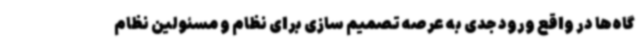
گاه‌ها در واقع ورود جدی به عرصه تصمیم سازی برای نظام و مسئولین نظام